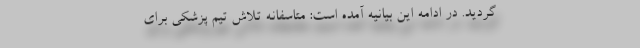
گردید. در ادامه این بیانیه آمده است: متاسفانه تلاش تیم پزشکی برای